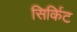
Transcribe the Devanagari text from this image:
सिर्किट